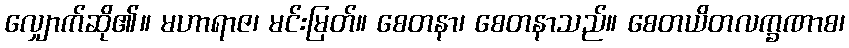
လျှောက်ဆို၏။ မဟာရာဇ၊ မင်းမြတ်။ စေတနာ၊ စေတနာသည်။ စေတယိတလက္ခဏာစ၊